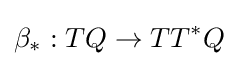
\beta _{*}:TQ\to TT^{*}Q